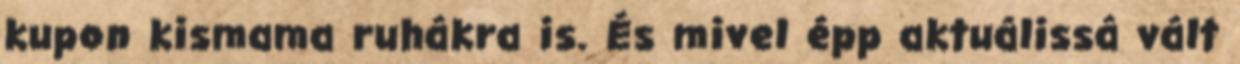
kupon kismama ruhákra is. És mivel épp aktuálissá vált